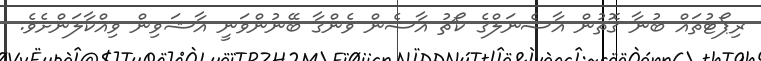
ރިޕޯޓުތައް ބުނާ ގޮތުން އާސެނަލްގެ ކޯޗު އާސެން ވެންގާ ބޭނުންވަނީ އާޝަވިން ވިއްކާލަންށެވެ.